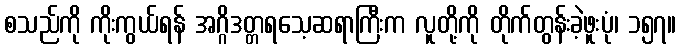
စသည်ကို ကိုးကွယ်ရန် အဂ္ဂိဒတ္တရသေ့ဆရာကြီးက လူတို့ကို တိုက်တွန်းခဲ့ဖူးပုံ၊ ၁၅၇။